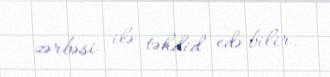
zərbəsi ilə təhdid edə bilir.